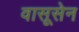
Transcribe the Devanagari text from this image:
वासूसेन